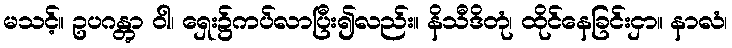
မသင့်။ ဥပဂန္တွာ ဝါ၊ ရှေး၌ကပ်လာပြီး၍လည်း။ နိသီဒိတုံ၊ ထိုင်နေခြင်းငှာ။ နာလံ၊